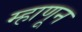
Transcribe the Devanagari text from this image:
म्हाणून